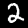
Digit: 2